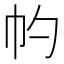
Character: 𢁕